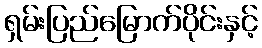
ရှမ်းပြည်မြောက်ပိုင်းနှင့်